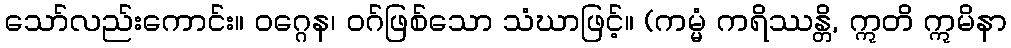
သော်လည်းကောင်း။ ဝဂ္ဂေန၊ ဝဂ်ဖြစ်သော သံဃာဖြင့်။ (ကမ္မံ ကရိဿန္တိ, ဣတိ ဣမိနာ